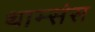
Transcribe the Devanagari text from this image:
थाम्संस